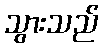
သွားသည်